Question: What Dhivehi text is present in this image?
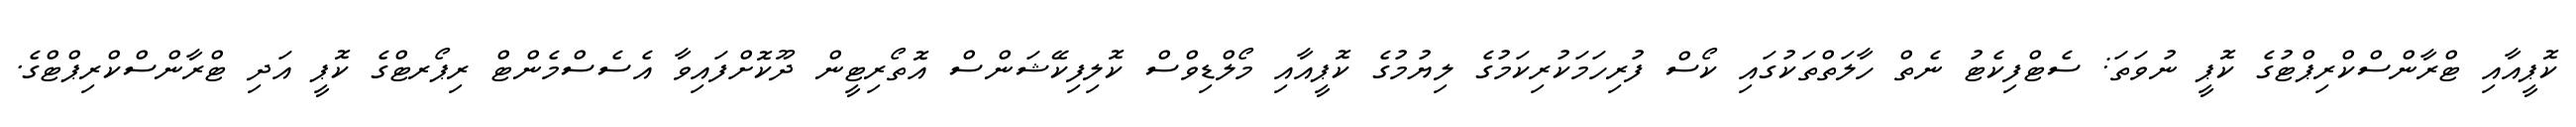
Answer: ކޮޕީއާއި ޓްރާންސްކްރިޕްޓުގެ ކޮޕީ ނުވަތަ: ސެޓްފިކެޓު ނެތް ހާލަތްތަކުގައި ކޯސް ފުރިހަމަކުރިކަމުގެ ލިޔުމުގެ ކޮޕީއާއި މޯލްޑިވްސް ކޮލިފިކޭޝަންސް އޮތޯރިޓީން ދޫކޮށްފައިވާ އެސެސްމެންޓް ރިޕޯރޓްގެ ކޮޕީ އަދި ޓްރާންސްކްރިޕްޓްގެ.